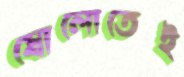
ষোলোতেই